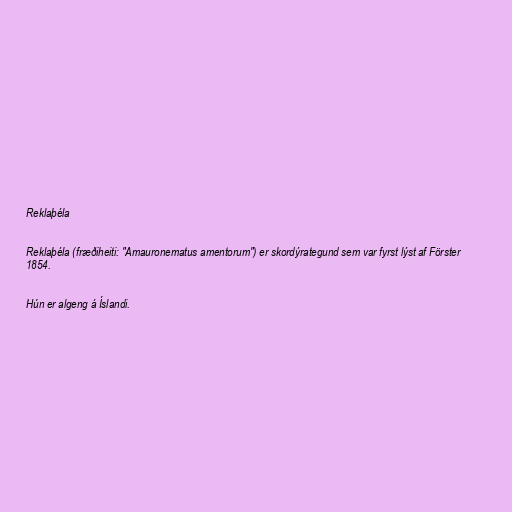
Reklaþéla

Reklaþéla (fræðiheiti: "Amauronematus amentorum") er skordýrategund sem var fyrst lýst af Förster
1854.

Hún er algeng á Íslandi.